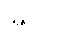
၆၅၀၀